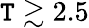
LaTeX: \mathtt{T}\gtrsim2.5